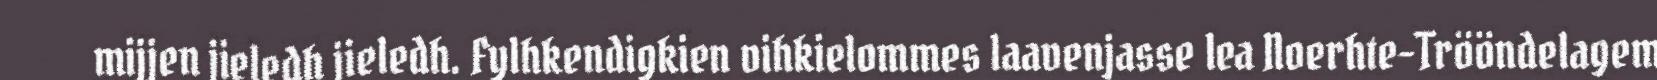
mijjen jieledh jieledh. Fylhkendigkien vihkielommes laavenjasse lea Noerhte-Trööndelagem